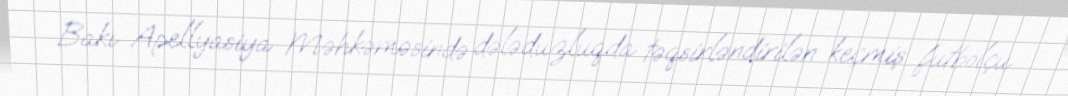
Bakı Apellyasiya Məhkəməsində dələduzluqda təqsirləndirilən keçmiş futbolçu